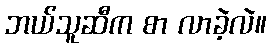
ဘယ်သူဆီက စာ လာခဲ့လဲ။